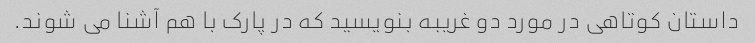
داستان کوتاهی در مورد دو غریبه بنویسید که در پارک با هم آشنا می شوند.